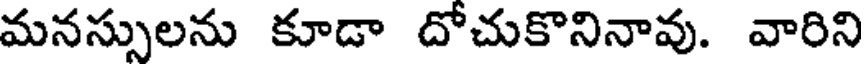
మనస్సులను కూడా దోచుకొనినావు. వారిని